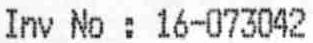
INV NO : 16-073042